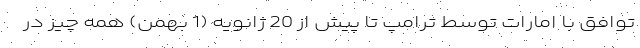
توافق با امارات توسط ترامپ تا پیش از 20 ژانویه (1 بهمن) همه چیز در